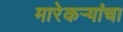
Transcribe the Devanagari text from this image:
मारेकऱ्यांचा